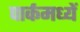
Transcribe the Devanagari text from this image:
पार्कमध्यें